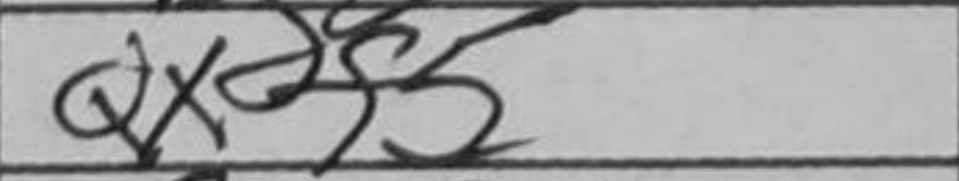
Transcription: Qxdf5